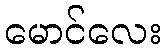
မောင်လေး